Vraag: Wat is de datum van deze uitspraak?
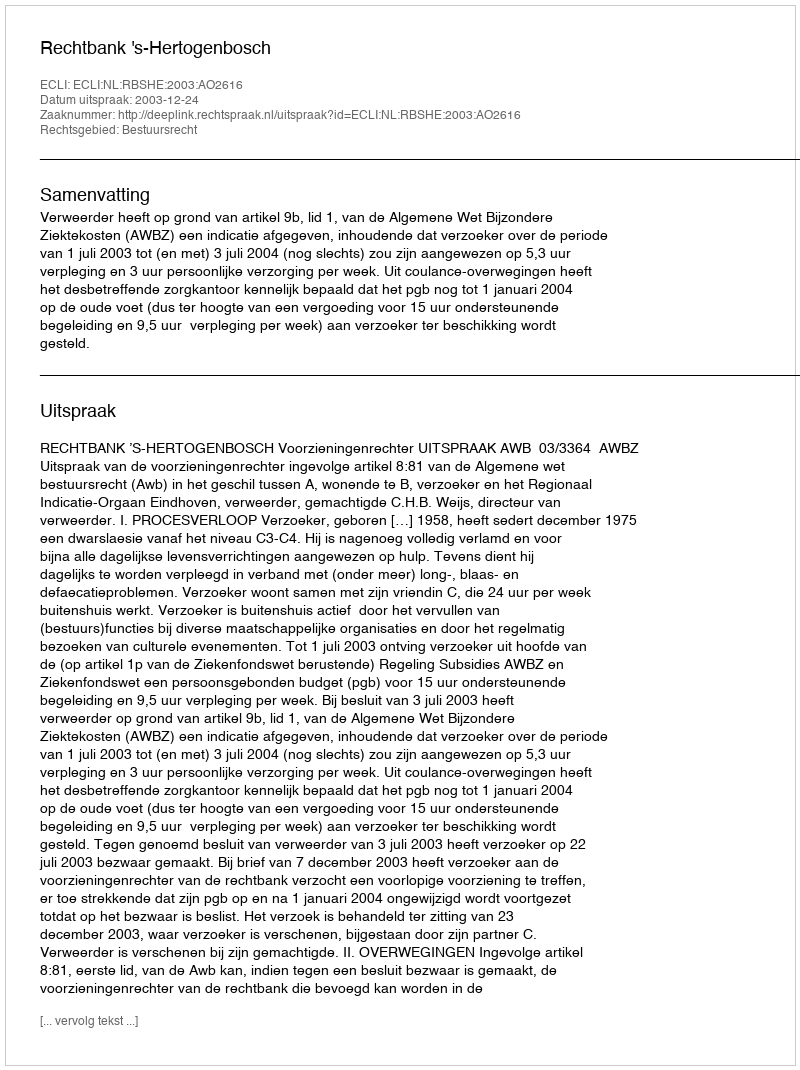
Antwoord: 2003-12-24